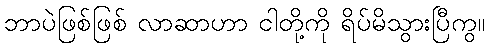
ဘာပဲဖြစ်ဖြစ် လာဆာဟာ ငါတို့ကို ရိပ်မိသွားပြီကွ။